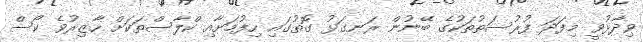
ވިދާޅުވީ މިފަދަ ފުރުސަތުތަކުގެ ބޭނުން ރަނގަޅު ގޮތުގައި ހިފުމަށާއި ކްލާސްތަކަށް ހާޒިރުވެ ކޯސް